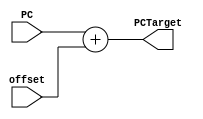
module adder_PCimm(PC, offset, PCTarget);
    input [31:0] PC;
    input [31:0] offset;
    output [31:0] PCTarget;
    wire co;
    assign {co,PCTarget} = PC + offset;
endmodule